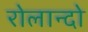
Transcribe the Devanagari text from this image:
रोलान्दो